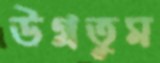
উগ্‌রতুম